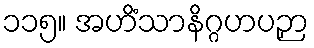
၁၁၅။ အဟိံသာနိဂ္ဂဟပဉှာ